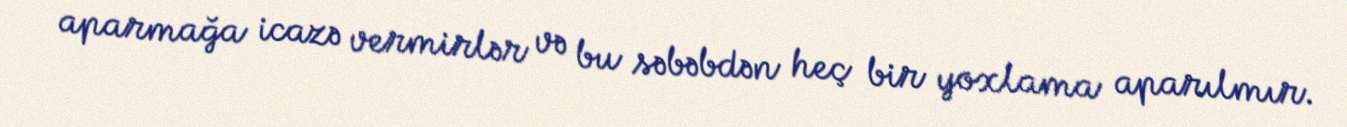
aparmağa icazə vermirlər və bu səbəbdən heç bir yoxlama aparılmır.